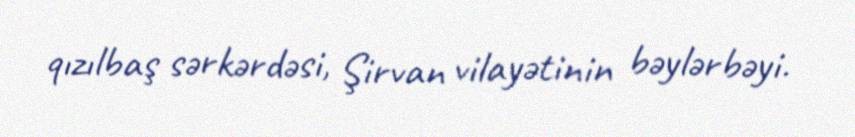
qızılbaş sərkərdəsi, Şirvan vilayətinin bəylərbəyi.